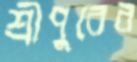
শ্রীপুরের